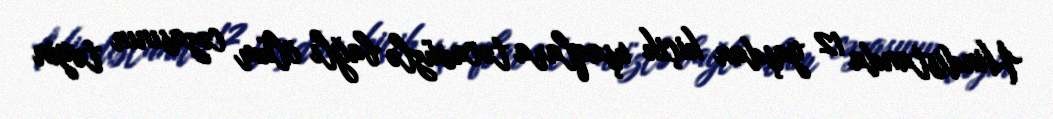
Hindistanda 12 yaşdan kiçik uşaqlara təcavüzlə bağlı ölüm cəzasının təyin